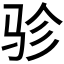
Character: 𱅇